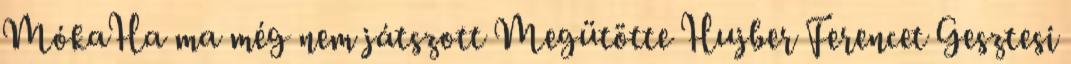
MókaHa ma még nem játszott Megütötte Hujber Ferencet Gesztesi